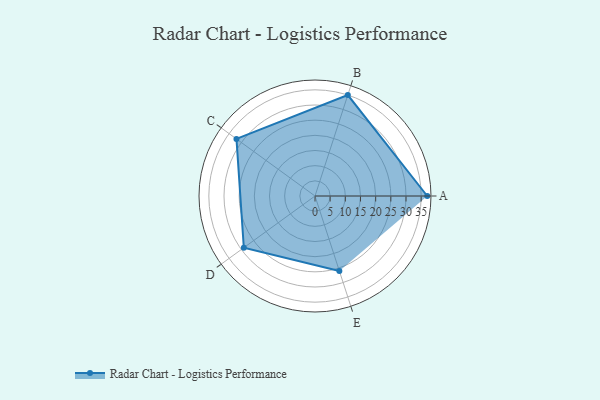
{"axis": {"x": "Skill", "y": "Score"}, "legend": ["Profile"], "data": [{"x": "A", "y": 37.0, "type": "Profile"}, {"x": "B", "y": 35.0, "type": "Profile"}, {"x": "C", "y": 32.0, "type": "Profile"}, {"x": "D", "y": 29.0, "type": "Profile"}, {"x": "E", "y": 26.0, "type": "Profile"}]}